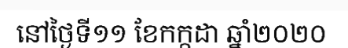
នៅថ្ងៃទី១១ ខែកក្កដា ឆ្នាំ២០២០